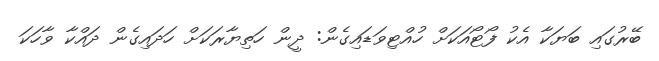
ބޭރުގައި ބަޔަކާ އެކު ފޯޓޯއަކަށް ހުއްޓިވަޑައިގެން: ދީން ހަތިޔާރަކަށް ހަދައިގެން ދައްކާ ވާހަކަ